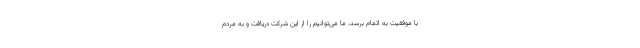
با موفقیت به اتمام برسد، ما می‌توانیم را از این شرکت دریافت و به مردم